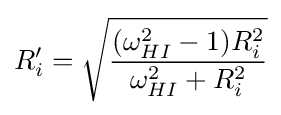
R_{i}'={\sqrt {\frac {(\omega _{HI}^{2}-1)R_{i}^{2}}{\omega _{HI}^{2}+R_{i}^{2}}}}